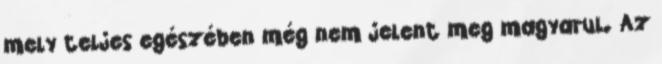
mely teljes egészében még nem jelent meg magyarul. Az